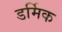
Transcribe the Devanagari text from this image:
डर्मिक